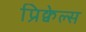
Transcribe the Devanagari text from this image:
प्रिक्वेल्स